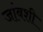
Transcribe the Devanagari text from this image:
जांबशी